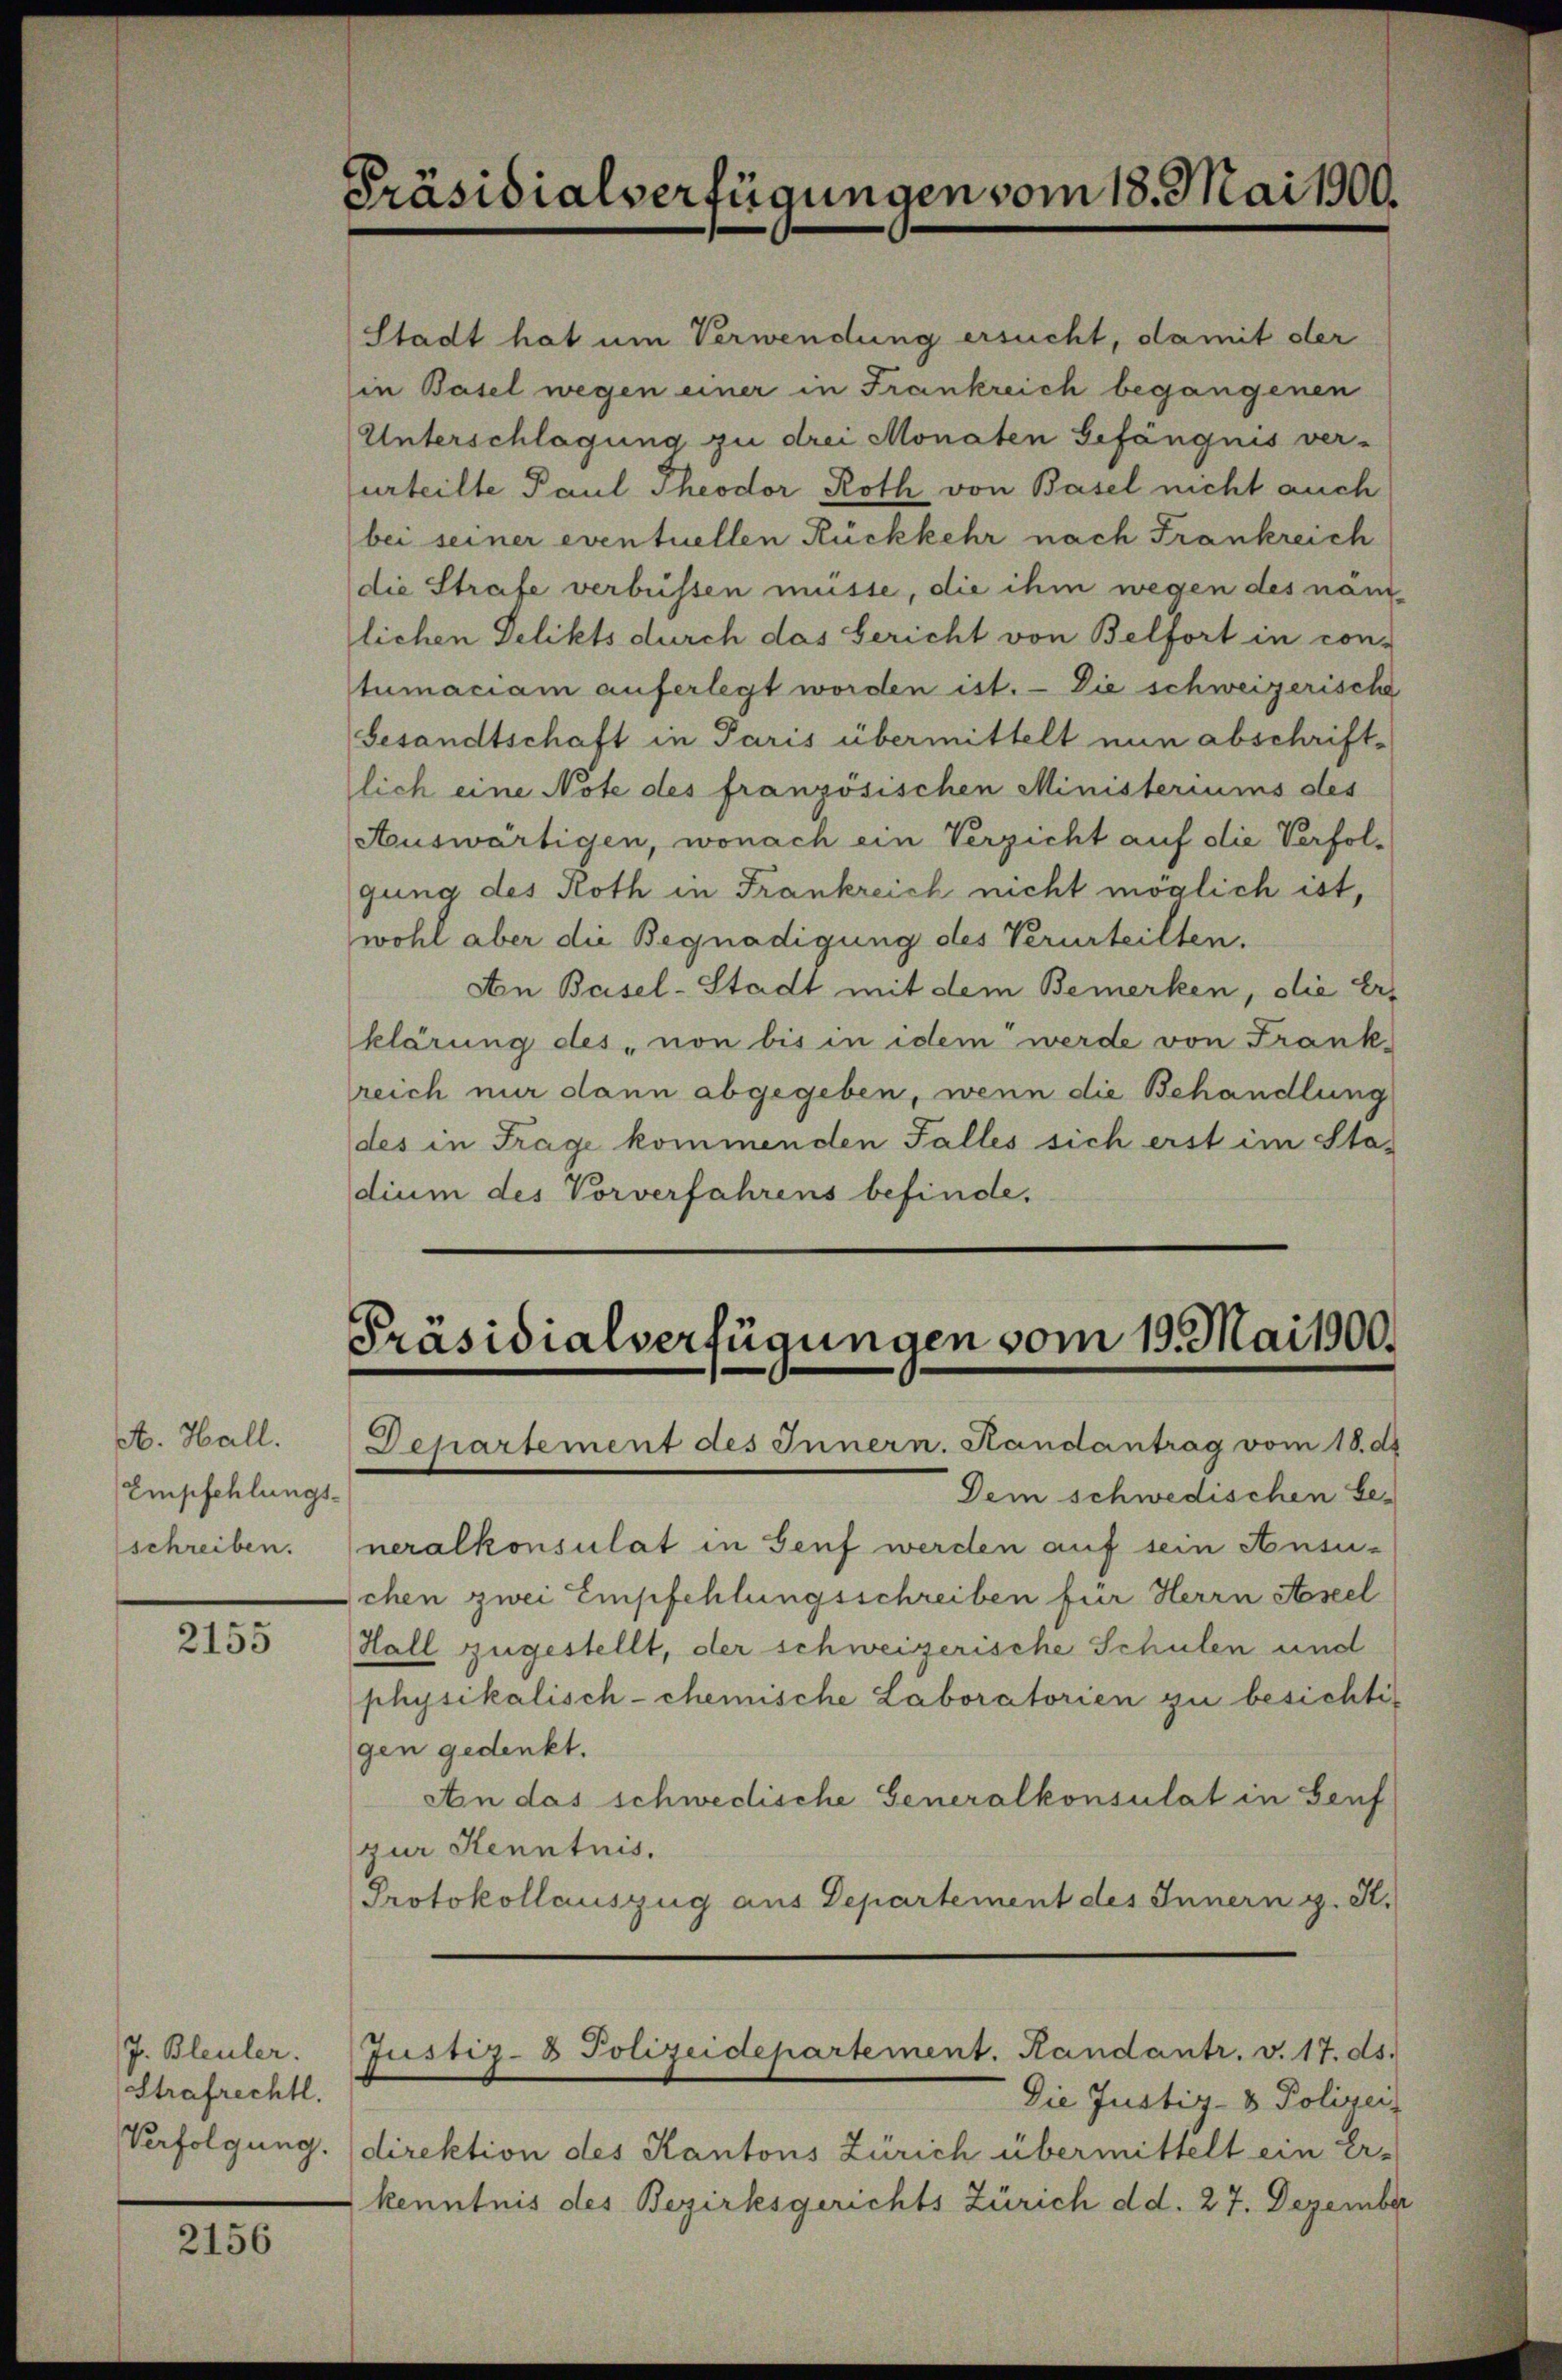
A. Hall.
Empfehlungs-
schreiben.

2155

J. Bleuler.
Strafrechtl.

2156

Präsidialverfügungen vom 18. Mai 1900.

Präsidialverfügungen vom 19. Mai 1900.
Departement des Innern. Randantrag vom 18. d.

Stadt hat um Verwendung ersucht, damit der
in Basel wegen einer in Frankreich begangenen
Unterschlagung zu drei Monaten Gefängnis ver-
urteilte Paul Theodor Roth von Basel nicht auch
bei seiner eventuellen Rückkehr nach Frankreich
die Strafe verbüssen müsse, die ihm wegen des nämlichen Delikts durch das bericht von Belfort in con-
tumaciam auferlegt worden ist. — Die schweizerische
Gesandtschaft in Paris übermittelt nun abschriftlich eine Note des französischen Ministeriums des
Auswärtigen, wonach ein Verzicht auf die Verfolgung des Roth in Frankreich nicht möglich ist,
wohl aber die Begnadigung des Verurteilten.
An Basel-Stadt mit dem Bemerken, die Erklärung des „von bis in idem werde von Frankreich nur dann abgegeben, wenn die Behandlung
des in Frage kommenden Falles sich erst im Sta-
dium des Vorverfahrens befinde.

Justiz- & Polizeidepartement. Handantr. v. 17. ds.

Dem schwedischen be-
neralkonsulat in Genf werden auf sein Ansu-
schen zwei Empfehlungsschreiben für Herrn Aseel
Hall zugestellt, der schweizerische Schulen und
physikalisch-chemische Laboratorien zu besichtigen gedenkt.
An das schwedische Generalkonsulat in Genf
zur Kenntnis.
Protokollauszug aus Departement des Innern g. K.

Die Justiz- & Polizei
Verfolgung. direktion des Kantons Zürich übermittelt ein Er-
kenntnis des Bezirksgerichts Zürich d d. 27. Dezember